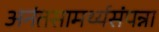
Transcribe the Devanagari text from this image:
अनंतसामर्थ्यसंपन्ना